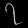
Digit: ၇